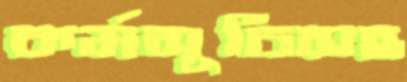
কর্মসূচিসহ